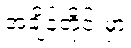
အချိန်တိုင်းမှာ